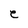
Character: e